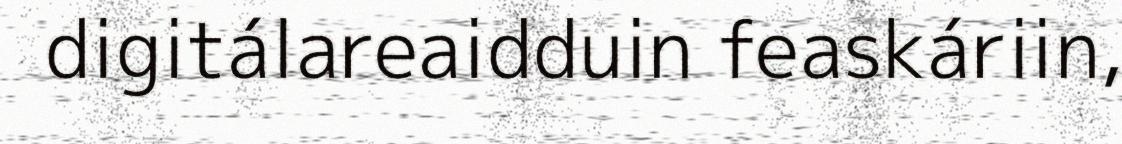
digitálareaidduin feaskáriin,